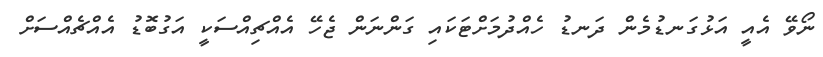
ނޯވޭ އެއީ އަޅުގަނޑުމެން ދަނޑު ހެއްދުމަށްޓަކައި ގަންނަން ޖެހޭ އެއްޗިއްސަކީ އަގުބޮޑު އެއްޗެއްސަށް